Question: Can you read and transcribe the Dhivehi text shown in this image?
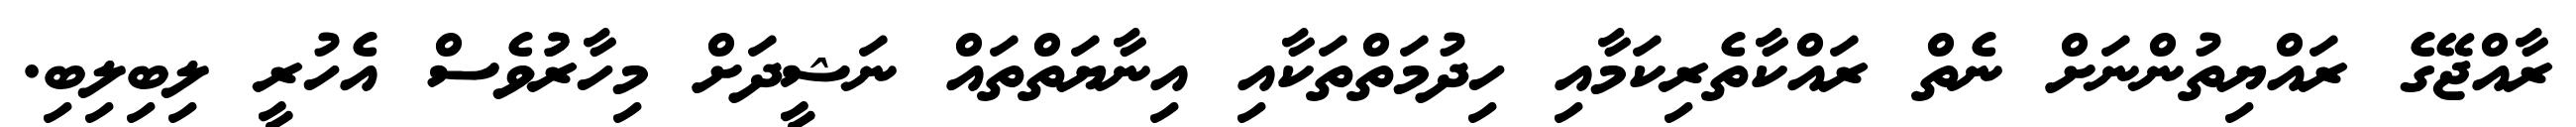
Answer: ރާއްޖޭގެ ރައްޔިތުންނަށް ނެތް ރައްކާތެރިކަމާއި ހިދުމަތްތަކާއި އިނާޔަތްތައް ނަޝީދަށް މިހާރުުވެސް އެހުރީ ލިބިލިބި.